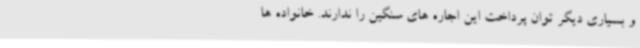
و بسیاری دیگر توان پرداخت این اجاره های سنگین را ندارند. خانواده ها